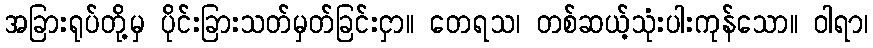
အခြားရုပ်တို့မှ ပိုင်းခြားသတ်မှတ်ခြင်းငှာ။ တေရသ၊ တစ်ဆယ့်သုံးပါးကုန်သော။ ဝါရာ၊